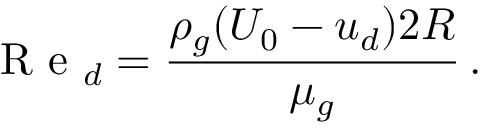
\mathrm { ~ R ~ e ~ } _ { d } = \frac { \rho _ { g } ( U _ { 0 } - u _ { d } ) 2 R } { \mu _ { g } } \, .